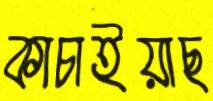
কাচাইয়াছ